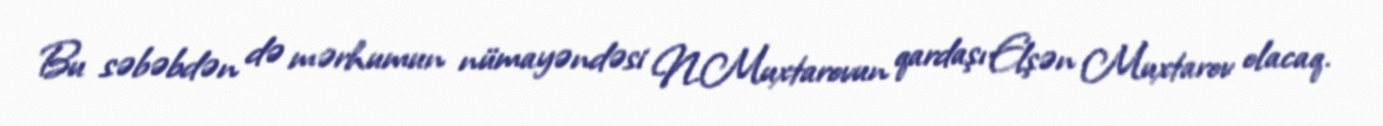
Bu səbəbdən də mərhumun nümayəndəsi N.Muxtarovun qardaşı Elşən Muxtarov olacaq.